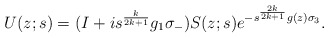
\begin{align*}U(z;s)=(I+i s^{\frac{k}{2k+1}}g_1 \sigma_-)S(z;s)e^{-s^{\frac{2k}{2k+1}}g(z)\sigma_3}.\end{align*}